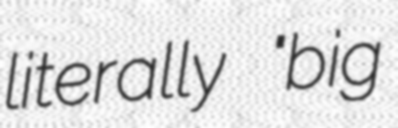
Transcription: literally "big